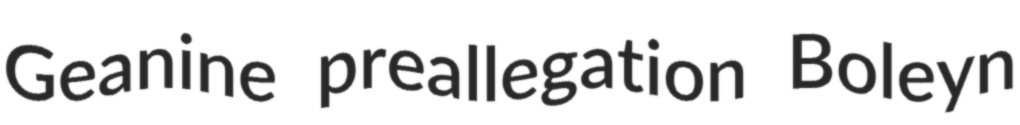
Geanine preallegation Boleyn